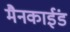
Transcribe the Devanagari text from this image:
मैनकाईंड